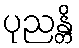
ပုညန္တိ